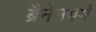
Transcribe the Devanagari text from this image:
ब्रैनेनबर्ग